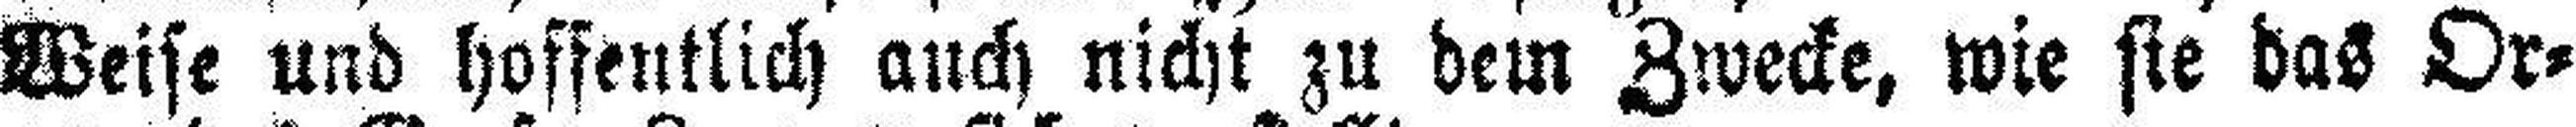
Weise und hoffentlich auch nicht zu dem Zwecke, wie sie das Or¬